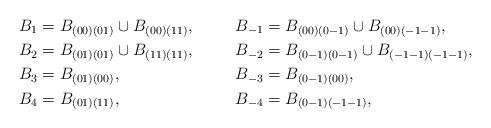
LaTeX: \begin{align*}B_1 &=B_{(00)(01)}\cup B_{(00)(11)}, &B_{-1} &= B_{(00)(0-1)}\cup B_{(00)(-1-1)},\\ B_2 &=B_{(01)(01)}\cup B_{(11)(11)}, &B_{-2} &=B_{(0-1)(0-1)}\cup B_{(-1-1)(-1-1)},\\ B_3 &=B_{(01)(00)}, & B_{-3} &=B_{(0-1)(00)},\\ B_4 &=B_{(01)(11)},&B_{-4} &=B_{(0-1)(-1-1)},\end{align*}